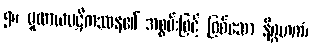
၅။ မူလာယပဋိကဿန၏ အစွမ်းဖြင့် ဖြစ်သော နိဂ္ဂဟကံ၊